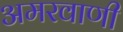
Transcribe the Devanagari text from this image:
अमरवाणी